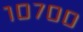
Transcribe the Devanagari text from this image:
१०७००